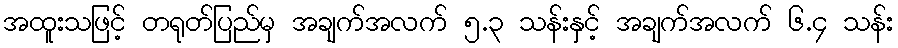
အထူးသဖြင့် တရုတ်ပြည်မှ အချက်အလက် ၅.၃ သန်းနှင့် အချက်အလက် ၆.၄ သန်း